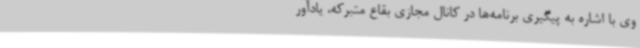
وی با اشاره به پیگیری برنامه‌ها در کانال مجازی بقاع متبرکه، یادآور